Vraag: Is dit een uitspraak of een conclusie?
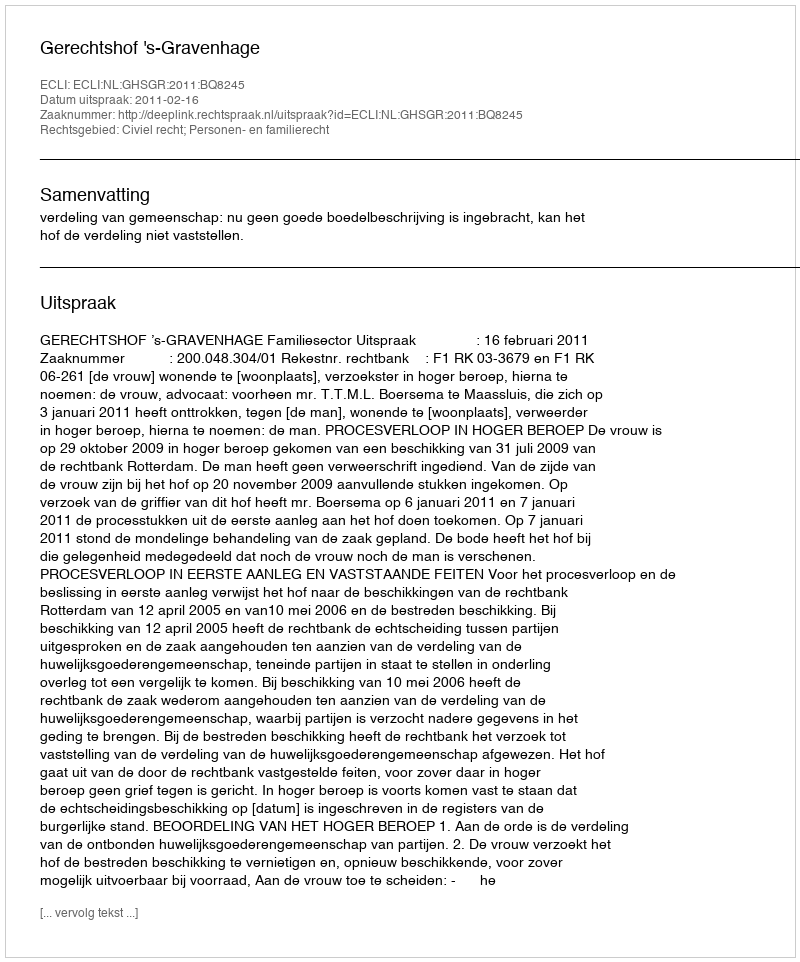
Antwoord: Uitspraak